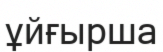
ұйғырша